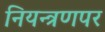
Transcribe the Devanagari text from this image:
नियन्त्रणपर